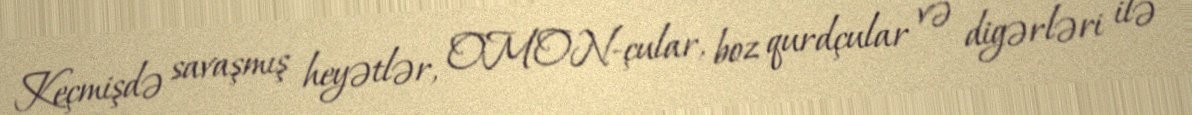
Keçmişdə savaşmış heyətlər, OMON-çular, boz qurdçular və digərləri ilə